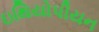
ઇથિયોપીયન